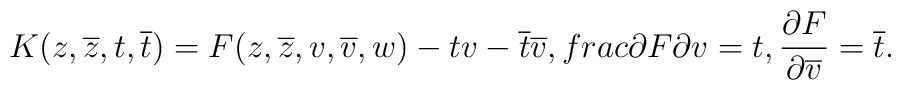
K(z,\overline{z},t,\overline{t})=F(z,\overline{z},v,\overline{v},w)-tv-\overline{t}\overline{v},\ \\frac{\partial F}{\partial v}=t,\frac{\partial F}{\partial \overline{v}}=\overline{t}.